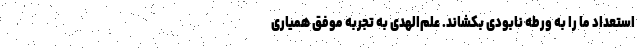
استعداد ما را به ورطه نابودی بکشاند. علم‌الهدی به تجربه موفق همیاری